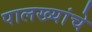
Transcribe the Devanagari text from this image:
पालख्यांचे